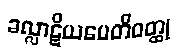
ခလ္လာဋိယပေတိဝတ္ထု